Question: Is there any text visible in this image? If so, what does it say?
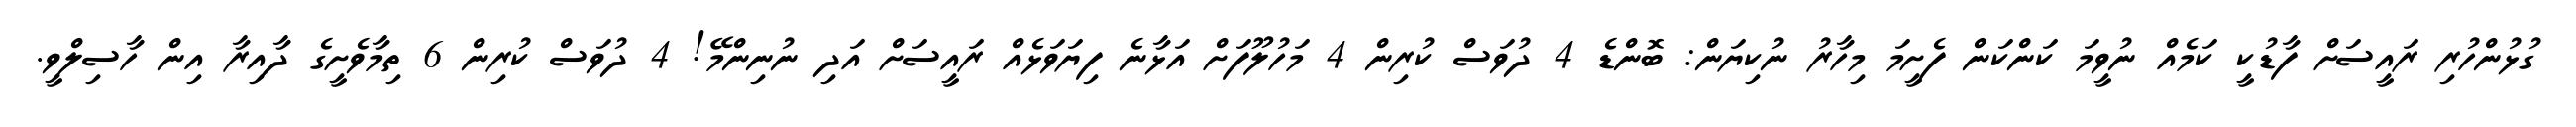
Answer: ގުޅުންހުރި ރައީސަށް ފާޑުކީ ކަމެއް ނުވީމަ ކަންކަން ފެށީމަ މިހާރު ނުކިޔަން: ބޮންޑެ 4 ދުވަސް ކުރިން 4 މަހުލޫފަށް އަޅާނެ ފިޔަވަޅެއް ރައީސަށް އަދި ނުނިންމޭ! 4 ދުވަސް ކުރިން 6 ތިމާވެށީގެ ދާއިރާ އިން ހާސިލްވީ.